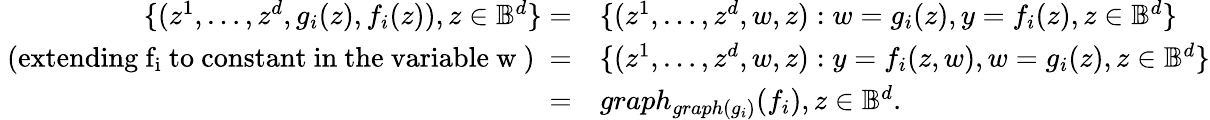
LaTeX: \begin{array}{rl}{\{ (z^{1},\ldots,z^{d},g_{i}(z),f_{i}(z)),z\in\mathbb{B}^{d}\} =}&{\{ (z^{1},\ldots,z^{d},w,z):w=g_{i}(z),y=f_{i}(z),z\in\mathbb{B}^{d}\} }\\ {\mathrm{~(extending~f_i~to~constant~in~the~variable~w~)~}=}&{\{ (z^{1},\ldots,z^{d},w,z):y=f_{i}(z,w),w=g_{i}(z),z\in\mathbb{B}^{d}\} }\\ {=}&{graph_{graph(g_{i})}(f_{i}),z\in\mathbb{B}^{d}.}\end{array}